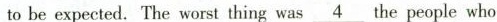
to be expected. The worst thing was \underline{4} the people who